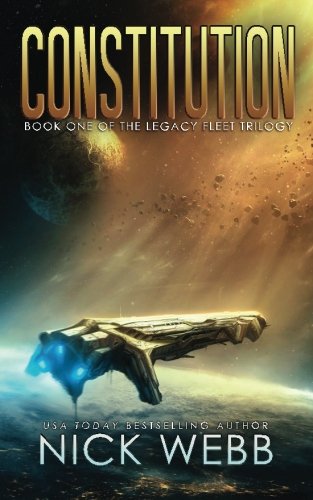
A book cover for Constitution: Book 1 of the Legacy Fleet Trilogy (Volume 1); Nick Webb; Science Fiction & Fantasy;